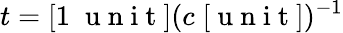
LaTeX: t=[1\; \mathrm{~u~n~i~t~}](c\; [\mathrm{~u~n~i~t~}])^{-1}